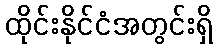
ထိုင်းနိုင်ငံအတွင်းရှိ